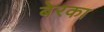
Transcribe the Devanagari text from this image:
बेरका